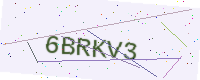
Text: 6BRKV3